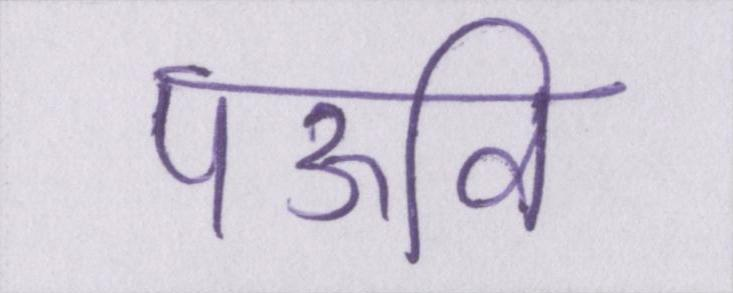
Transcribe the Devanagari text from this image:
पऊवि